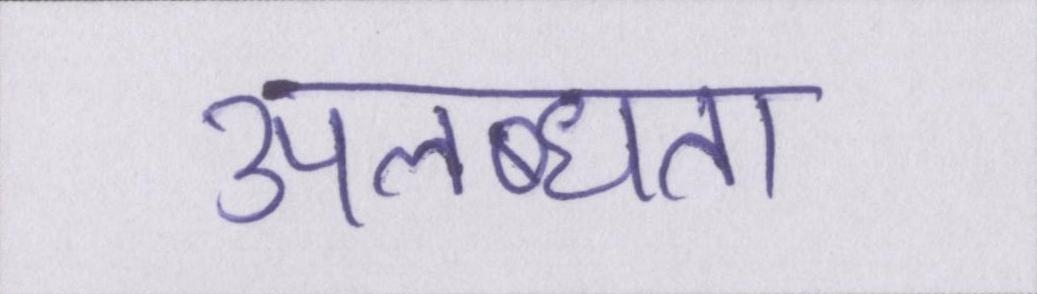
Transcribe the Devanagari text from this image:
उपलब्धता